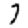
Digit: 7